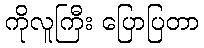
ကိုလူကြီး ပြောပြတာ